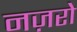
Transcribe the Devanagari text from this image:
नज़रो